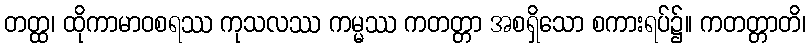
တတ္ထ၊ ထိုကာမာဝစရဿ ကုသလဿ ကမ္မဿ ကတတ္တာ အစရှိသော စကားရပ်၌။ ကတတ္တာတိ၊